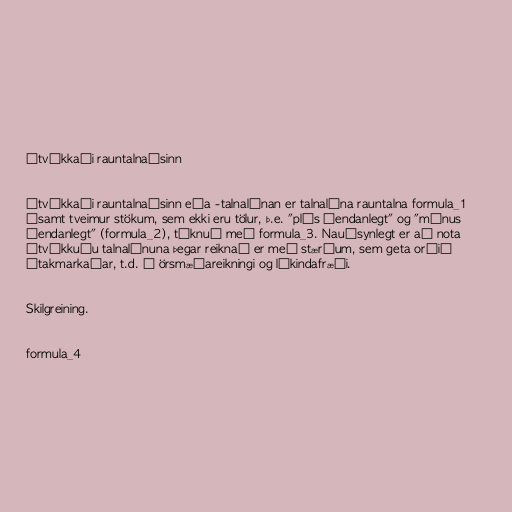
Útvíkkaði rauntalnaásinn

Útvíkkaði rauntalnaásinn eða -talnalínan er talnalína rauntalna formula_1
ásamt tveimur stökum, sem ekki eru tölur, þ.e. "plús óendanlegt" og "mínus
óendanlegt" (formula_2), táknuð með formula_3. Nauðsynlegt er að nota
útvíkkuðu talnalínuna þegar reiknað er með stærðum, sem geta orðið
ótakmarkaðar, t.d. í örsmæðareikningi og líkindafræði.

Skilgreining.

formula_4